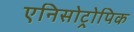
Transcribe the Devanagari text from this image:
एनिसोट्रोपिक